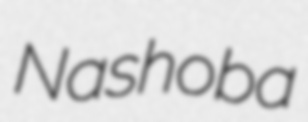
Nashoba